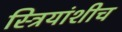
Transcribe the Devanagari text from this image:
स्त्रियांशीच